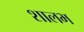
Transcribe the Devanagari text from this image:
शालभ